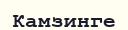
Камзинге